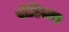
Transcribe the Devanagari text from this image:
रोहिताद्य